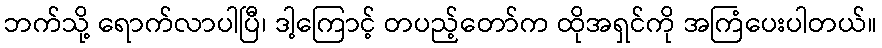
ဘက်သို့ ရောက်လာပါပြီ၊ ဒါ့ကြောင့် တပည့်တော်က ထိုအရှင်ကို အကြံပေးပါတယ်။